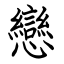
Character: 戀